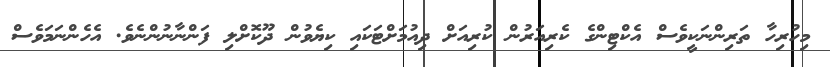
މިހުރިހާ ތަރިންނަކީވެސް އެކްޓިންގެ ކެރިއަރުން ކުރިއަށް ދިއުމަށްޓަކައި ކިޔެވުން ދޫކޮށްލި ފަންނާނުންނެވެ. އެހެންނަމަވެސް